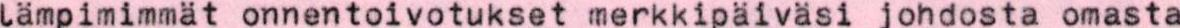
Lämpimimmät onnentoivotukset merkkipäiväsi johdosta omasta